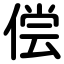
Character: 偿